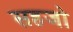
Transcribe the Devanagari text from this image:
सहजो